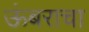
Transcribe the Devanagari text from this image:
ऊंबराचा